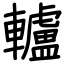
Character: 轤